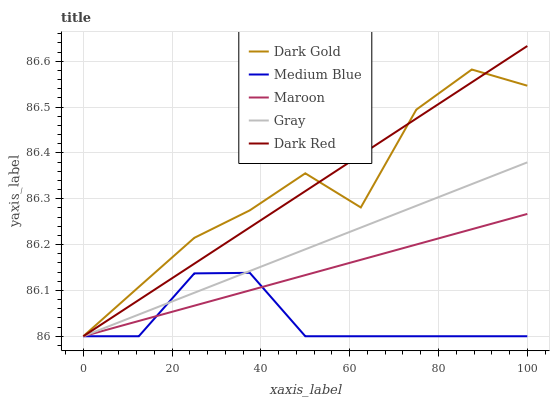
| xaxis_label | Dark Gold | Medium Blue | Maroon | Gray | Dark Red |
 | --- | --- | --- | --- | --- | --- |
 | 0 | 86 | 86 | 86 | 86 | 86 |
 | 12.5 | 86.1 | 86 | 86 | 86 | 86.1 |
 | 25 | 86.2 | 86.1 | 86.1 | 86.1 | 86.2 |
 | 37.5 | 86.3 | 86.1 | 86.1 | 86.1 | 86.2 |
 | 50 | 86.4 | 86 | 86.1 | 86.2 | 86.3 |
 | 62.5 | 86.3 | 86 | 86.2 | 86.2 | 86.4 |
 | 75 | 86.5 | 86 | 86.2 | 86.3 | 86.5 |
 | 87.5 | 86.6 | 86 | 86.2 | 86.3 | 86.6 |
 | 100 | 86.5 | 86 | 86.3 | 86.4 | 86.6 |